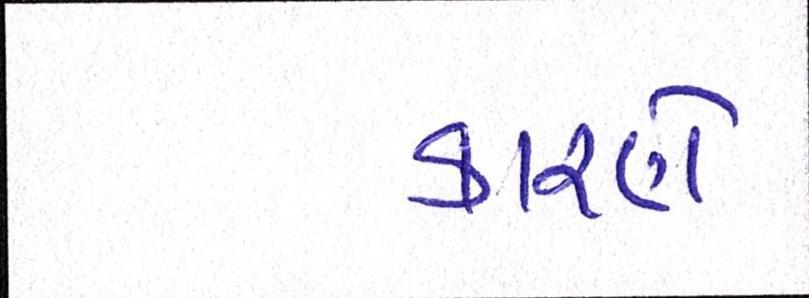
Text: કારણે